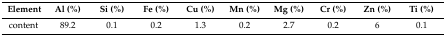
| Element | Al (%) | Si (%) | Fe (%) | Cu (%) | Mn (%) | Mg (%) | Cr (%) | Zn (%) | Ti (%) |
 | --- | --- | --- | --- | --- | --- | --- | --- | --- | --- |
 | content | 89.2 | 0.1 | 0.2 | 1.3 | 0.2 | 2.7 | 0.2 | 6 | 0.1 |